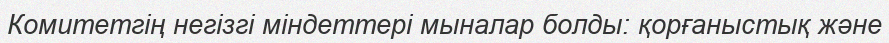
Комитетгің негізгі міндеттері мыналар болды: қорғаныстық және